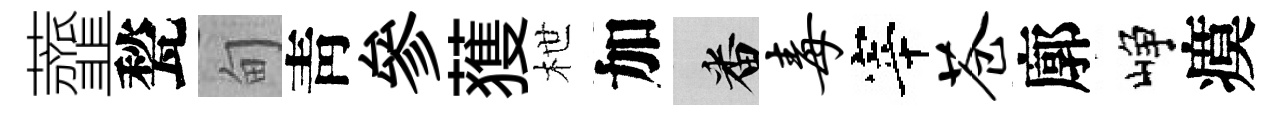
虀甃甸靑參𫉬枻加番毒宰苍廓峥瘼